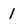
Character: 1